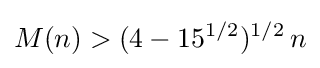
M(n)>(4-15^{1/2})^{1/2}\,n